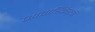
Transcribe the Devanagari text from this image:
जावास्क्रिप्टची